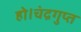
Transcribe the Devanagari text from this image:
हो।चंद्रगुप्त